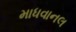
માધવાનલ